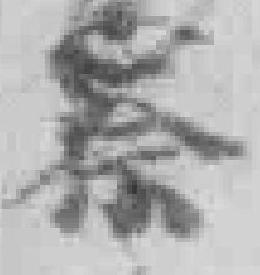
察